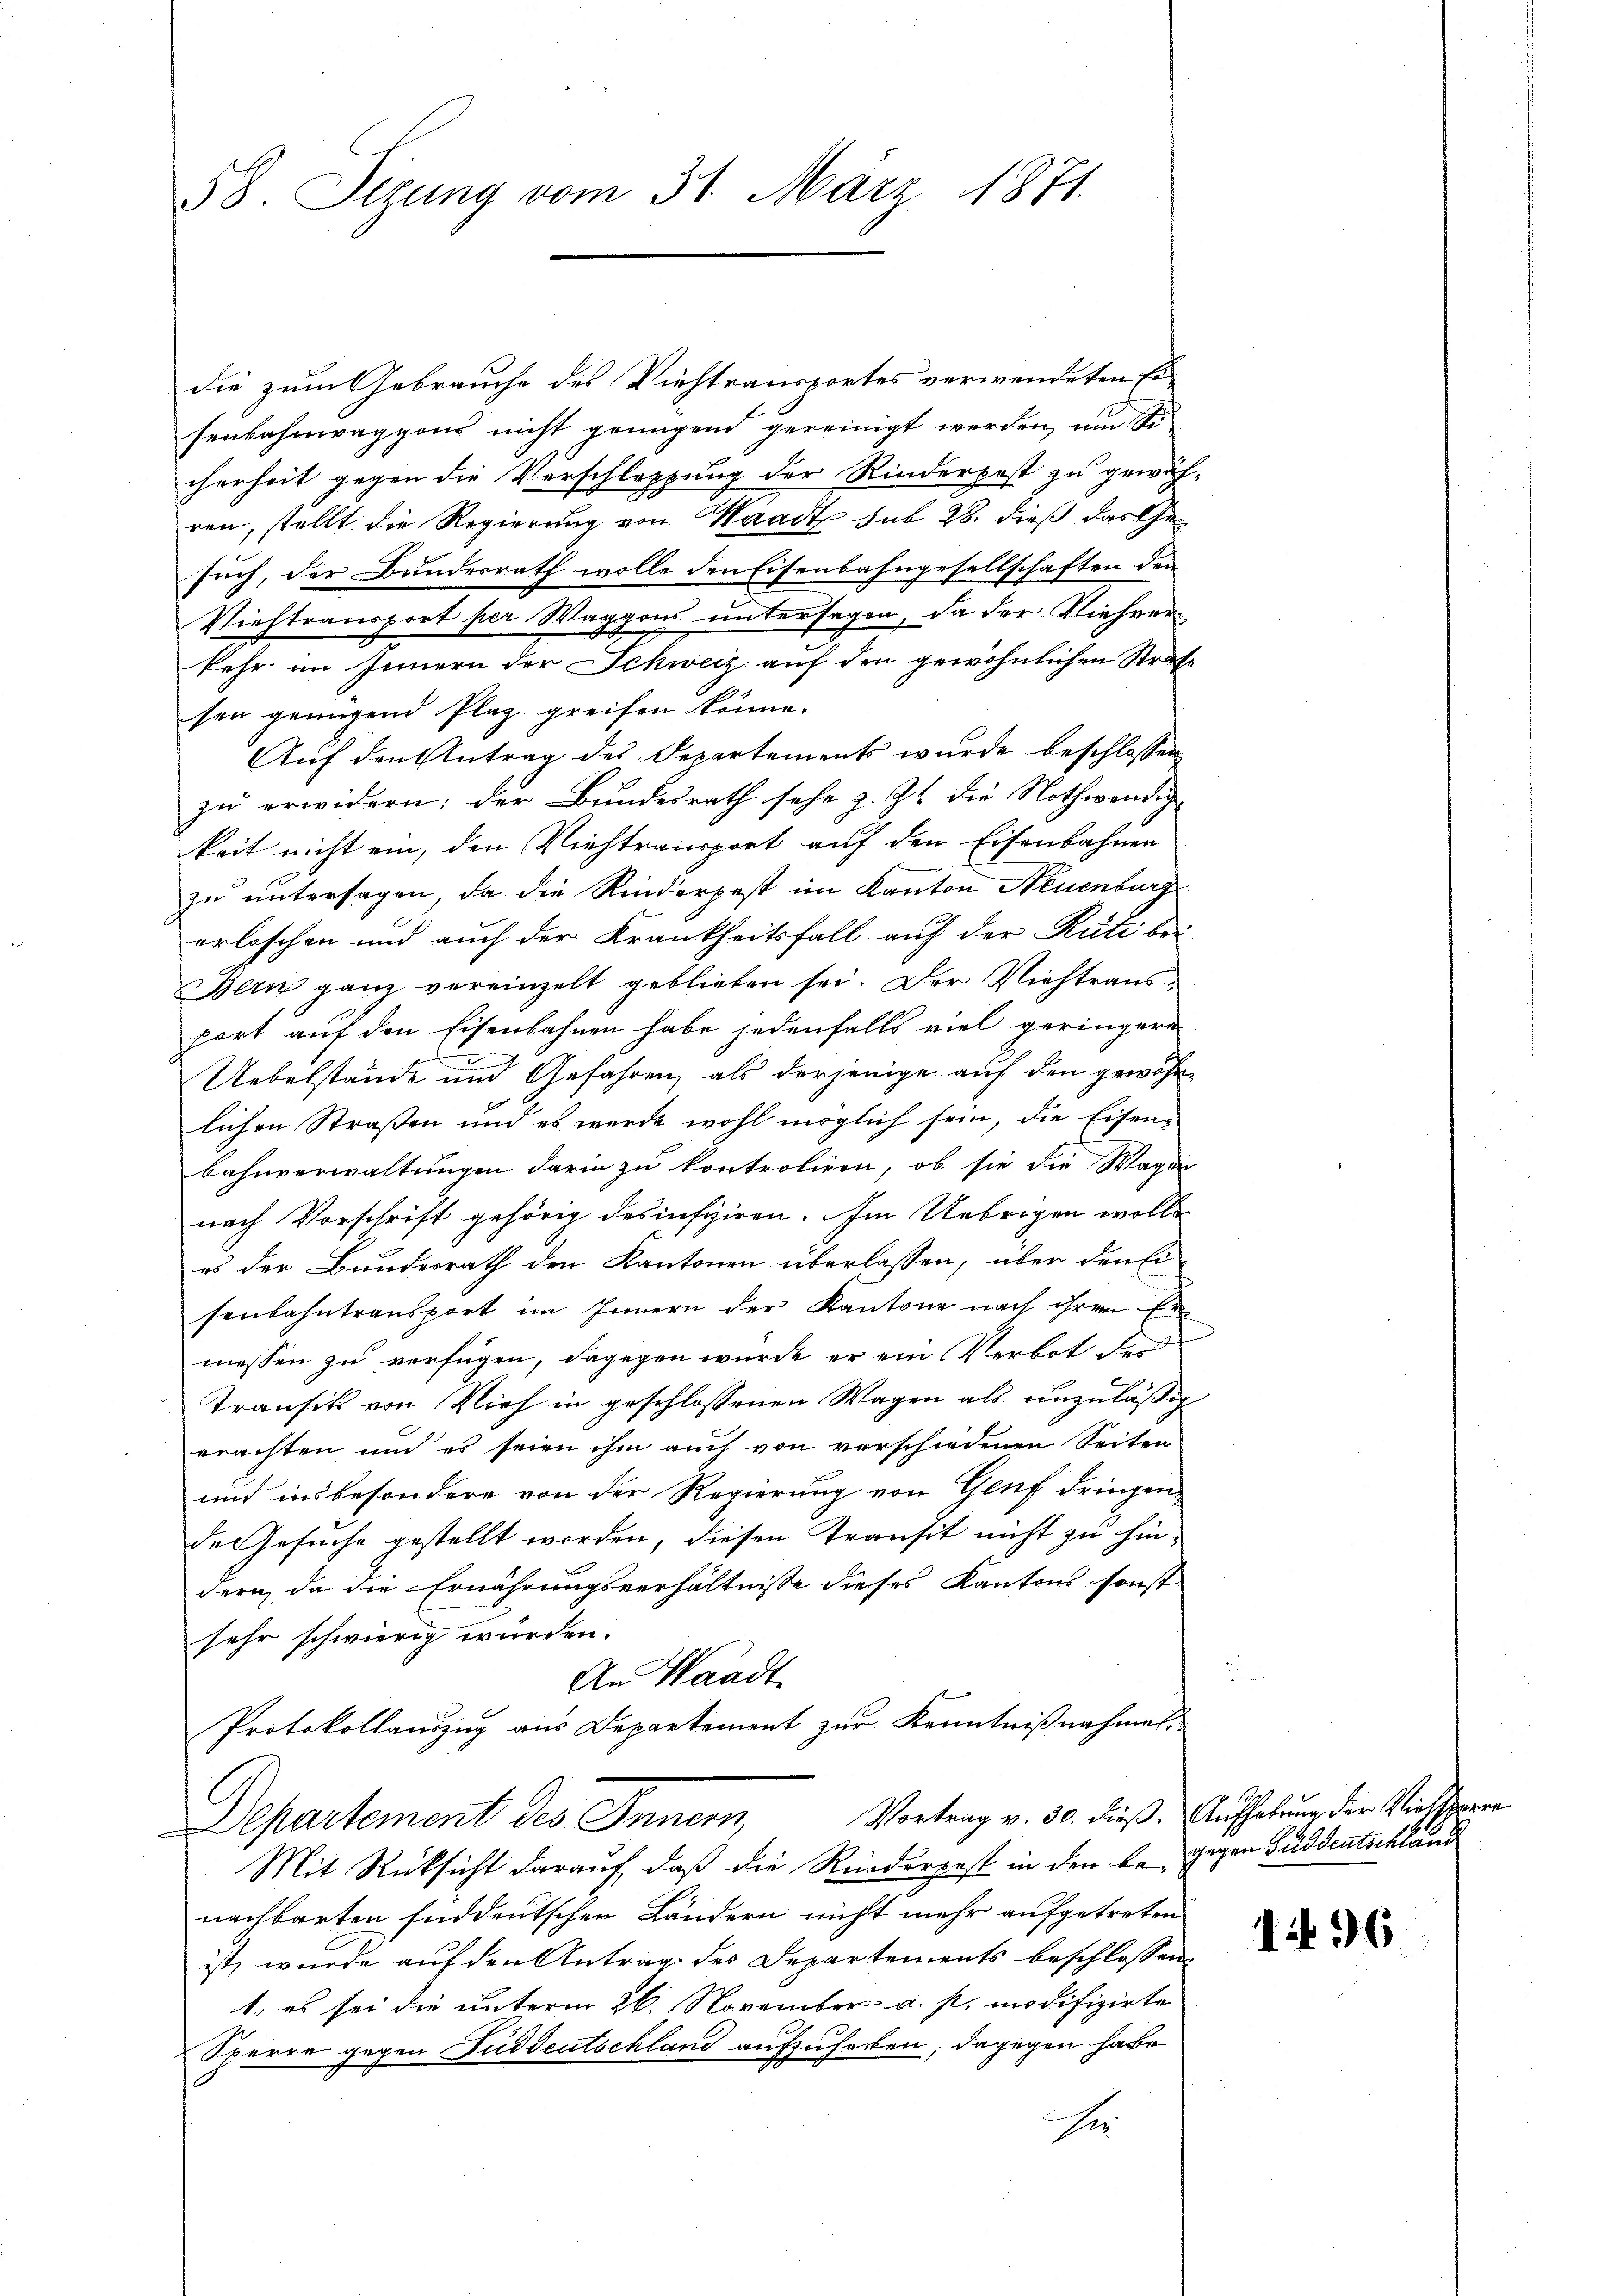
58. Sitzung vom 31. März 1871.

die zum Gebrauche des Viehtransportes verwendeten Ei-
senbahnwaggons nicht genügend gereinigt werden, um Si
cherheit gegen die Verschleppung der Rinderpost zu gewähren, stellt die Regierung von Waadt sub 28. dieß das Gesuch, der Bundesrath wolle den Eisenbahngesellschaften den
Viehtransport per Waggons untersagen, da der Viehrer
kehr im Innern der Schweiz auf den gewöhnlichen Strafe
sen genügend Plaz greifen könne.
Auf den Antrag des Departement wurde beschlossen
zŭ erwidern: der Bŭndesrath sehe z. Zt. die Nothwendige
keit nicht ein, den Viehtransport auf den Eisenbahnen
zu untersagen, da die Rinderpest im Kanton Neuenburg
erloschen und auch der Krankheitsfall auf der Rüti bei-
Bern ganz vereinzelt geblieben sei. Der Viehtransport auf den Eisenbahnen habe jedenfalls viel geringere
Uebelstände und Gefahren, als derjenige auf den gewöhnlichen Straßen und es wurde wohl möglich sein, die Eisenbahnverwaltungen darin zu kontroliren, ob sie die Wagen
nach Vorschrift gehörig desinspiren. Im Uebrigen wolle
es der Bundesrath den Kantonen überlassen, über den Eisenbahntransport im Innern der Kantone nach ihren Ein
messen zu verfügen, dagegen wurde er ein Verbot des
Transik von Vieh in geschlossenen Wagen als unzuläßig
erachten und es seien ihm auch von verschiedenen Seiten
und insbesondere von der Regierung von Genf dringende Gesuche gestellt werden, diesen Transit nicht zu hindern, da die Ernährungsverhältnisse dieses Kantons sonst
sehr schwierig würden.
An Waadt
Protokollanzug aus Departement zur Kenntnißnahmal-
Departement des Innern, Vortrag v. 30. dieß. Aufhebung der Viehsperr
Mit Rücksicht darauf, daß die Rüederpest in den k. gegen Guddeutschländ
nachbarten süddeutschen Ländern nicht mehr aufgetreten
ist, wurde auf den Antrag des Departements beschlossene
1. es sei die unterm 26. November a. p. modifizirte
Sperre gegen Fuddeutschland aufzuforden; dagegen habe
Er

1496